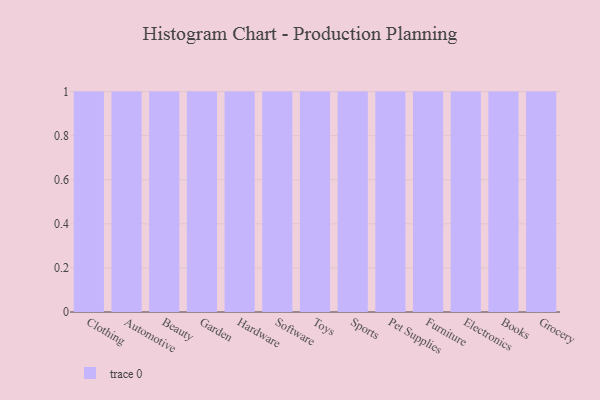
{"axis": {"x": "Category", "y": "Operating Costs (USD K)"}, "legend": [""], "data": [{"x": "Clothing", "y": 84, "type": ""}, {"x": "Automotive", "y": 42, "type": ""}, {"x": "Beauty", "y": 76, "type": ""}, {"x": "Garden", "y": 52, "type": ""}, {"x": "Hardware", "y": 64, "type": ""}, {"x": "Software", "y": 20, "type": ""}, {"x": "Toys", "y": 3, "type": ""}, {"x": "Sports", "y": 65, "type": ""}, {"x": "Pet Supplies", "y": 35, "type": ""}, {"x": "Furniture", "y": 76, "type": ""}, {"x": "Electronics", "y": 40, "type": ""}, {"x": "Books", "y": 95, "type": ""}, {"x": "Grocery", "y": 87, "type": ""}]}